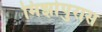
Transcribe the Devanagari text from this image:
मिर्झापुरास